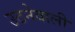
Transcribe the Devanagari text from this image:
उठनेवाली